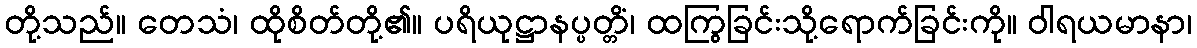
တို့သည်။ တေသံ၊ ထိုစိတ်တို့၏။ ပရိယုဋ္ဌာနပ္ပတ္တိံ၊ ထကြွခြင်းသို့ရောက်ခြင်းကို။ ဝါရယမာနာ၊